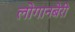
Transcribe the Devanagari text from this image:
लोगानबेरी